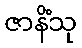
ဇာနိံသု